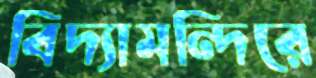
বিদ্যামন্দিরে